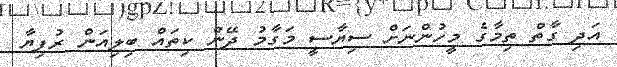
އަދި ގާތް ތިމާގެ މީހުންނަށް ސިޔާސީ މަގާމު ދޭން ކިތައް ބިލިއަން ރުފިޔާ